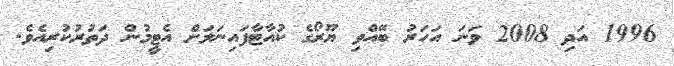
1996 އަދި 2008 ވަނަ އަހަރު ބޭއްވި ޔޫރޯގެ ކުއާޓާފައިނަލަށް އެޓީމުން ދަތުރުކުރިއެވެ.